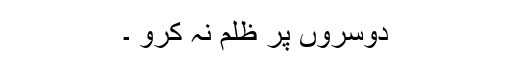
دوسروں پر ظلم نہ کرو ۔